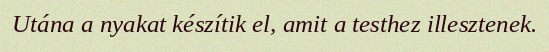
Utána a nyakat készítik el, amit a testhez illesztenek.